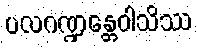
ပလဂဏ္ဍန္တေဝါသိဿ